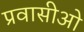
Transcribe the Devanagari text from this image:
प्रवासीओ